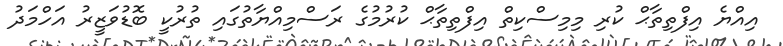
އިއްޔެ އިފްތިތާޙް ކުރި މިމިސްކިތް އިފްތިތާޙް ކުރުމުގެ ރަސްމިއްޔާތުގައި ތުރުކީ ބޮޑުވަޒީރު އަހްމަދު